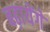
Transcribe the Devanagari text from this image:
बढ़ायेंगे